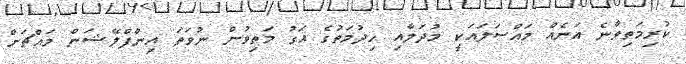
ކުރިމަތިވާނެ އަނެއް މައްސަލައަކީ މުދަލާއި ހިދުމަތުގެ އަގު މަތިވުން ނުވަތަ އިންފްލޭޝަން މައްޗަށް